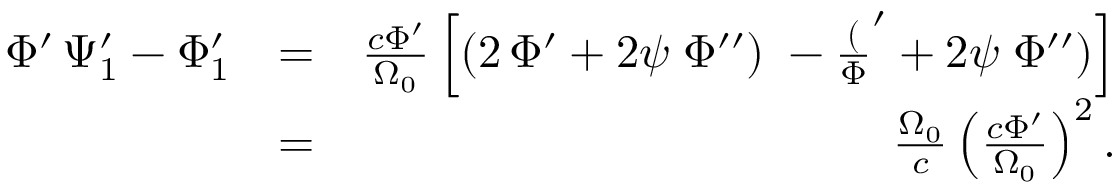
\begin{array} { r l r } { \Phi ^ { \prime } \, \Psi _ { 1 } ^ { \prime } - \Phi _ { 1 } ^ { \prime } } & { = } & { \frac { c \Phi ^ { \prime } } { \Omega _ { 0 } } \left[ ( 2 \, \Phi ^ { \prime } + 2 \psi \; \Phi ^ { \prime \prime } ) \; - \frac ( \Phi ^ { \prime } + 2 \psi \; \Phi ^ { \prime \prime } ) \right] } \\ & { = } & { \frac { \Omega _ { 0 } } { c } \left( \frac { c \Phi ^ { \prime } } { \Omega _ { 0 } } \right) ^ { 2 } . } \end{array}